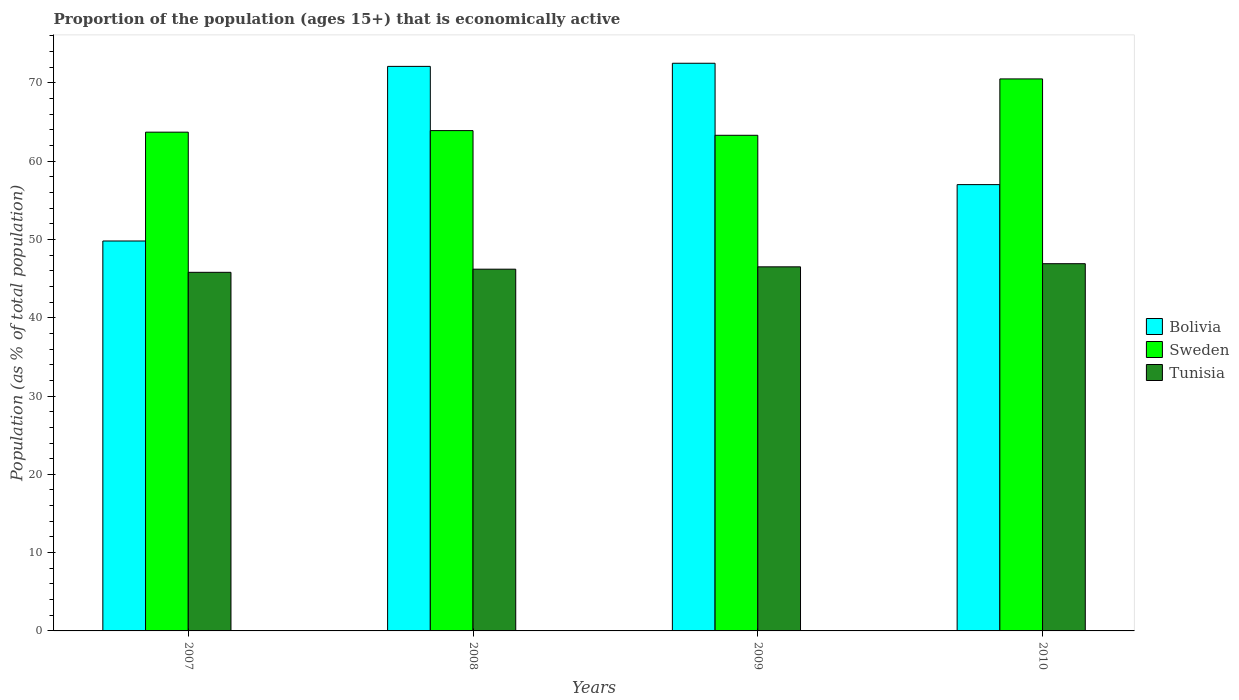
| Years | Bolivia | Sweden | Tunisia |
 | --- | --- | --- | --- |
 | 2007 | 49.8 | 63.7 | 45.8 |
 | 2008 | 72.1 | 63.9 | 46.2 |
 | 2009 | 72.5 | 63.3 | 46.5 |
 | 2010 | 57 | 70.5 | 46.9 |